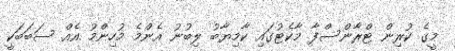
މީގެ ކުރިން ޓްރާންސްފާ މާކެޓުގައި ކާމިޔާބު ލިބުނު އެންމެ މުހިންމު އެއް ސަބަބަކީ